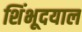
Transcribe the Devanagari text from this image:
शिंभूदयाल